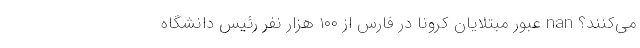
می‌کنند؟ nan عبور مبتلایان کرونا در فارس از ۱۰۰ هزار نفر رئیس دانشگاه